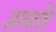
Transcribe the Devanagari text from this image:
आसाहि